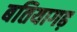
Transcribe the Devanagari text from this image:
बतियागढ़